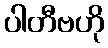
ပါတီဗဟို